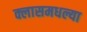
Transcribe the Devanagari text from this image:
क्लासमधल्या